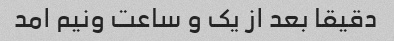
دقیقا بعد از یک و ساعت ونیم امد